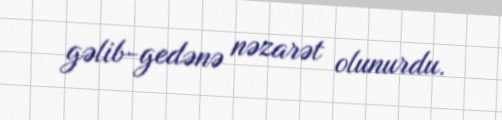
gəlib-gedənə nəzarət olunurdu.